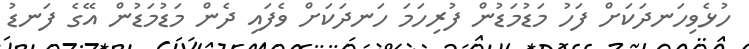
ހުޅެވިހަނދަކަށް ފަހު މަޑުމަޑުން ފުރިހަމަ ހަނދަކަށް ވެފައި ދެން މަޑުމަޑުން އޭގެ ފަނޑު